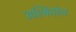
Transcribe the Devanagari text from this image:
अल्बिनोस